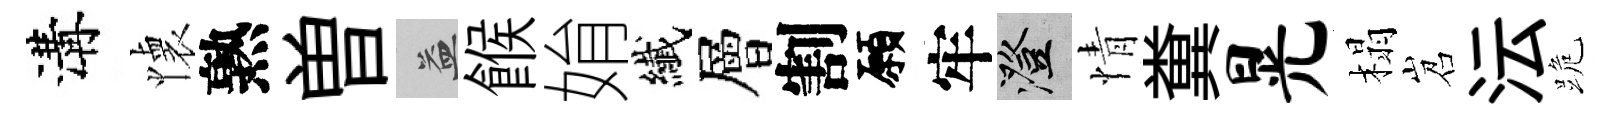
溝懐熟曽益餱姢纎層割願牢澄情糞晃榻岧沄跪